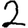
Digit: 2